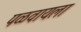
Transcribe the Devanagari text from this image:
पळवायला